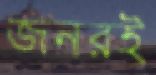
জনরই